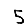
Digit: 5